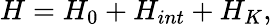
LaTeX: H=H_{0}+H_{int}+H_{K},